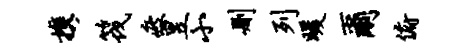
携筏疲昱小删列暖尔俯